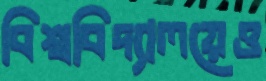
বিশ্ববিদ্যালয়েও